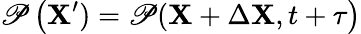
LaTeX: \mathscr{P}\left(\mathbf{{X^{\prime}}})=\mathscr{P}(\mathbf{{X}}+\Delta\mathbf{{X}},t+\tau\right)